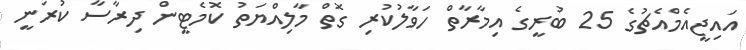
އައިޖީއެމްއެޗުގެ 25 ބުރީގެ އިމާރާތް ހަވާލުކުރި ގޮތް މާލިއްޔަތު ކޮމެޓީން ދިރާސާ ކުރަނީ